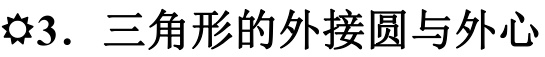
\ding{63}3. 三角形的外接圆与外心